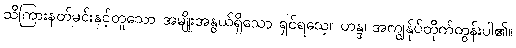
သိကြားနတ်မင်းနှင့်တူသော အမျိုးအနွယ်ရှိသော ရှင်ရသေ့။ ဟန္ဒ၊ အကျွန်ုပ်တိုက်တွန်းပါ၏။